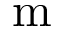
\mathrm { m }